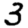
Digit: 3